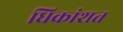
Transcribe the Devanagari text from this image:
धिकांशत